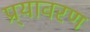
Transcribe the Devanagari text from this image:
प्र्यावरण